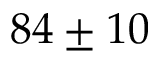
8 4 \pm 1 0